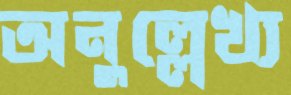
অনুল্লেখ্য